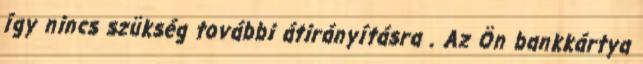
így nincs szükség további átirányításra . Az Ön bankkártya